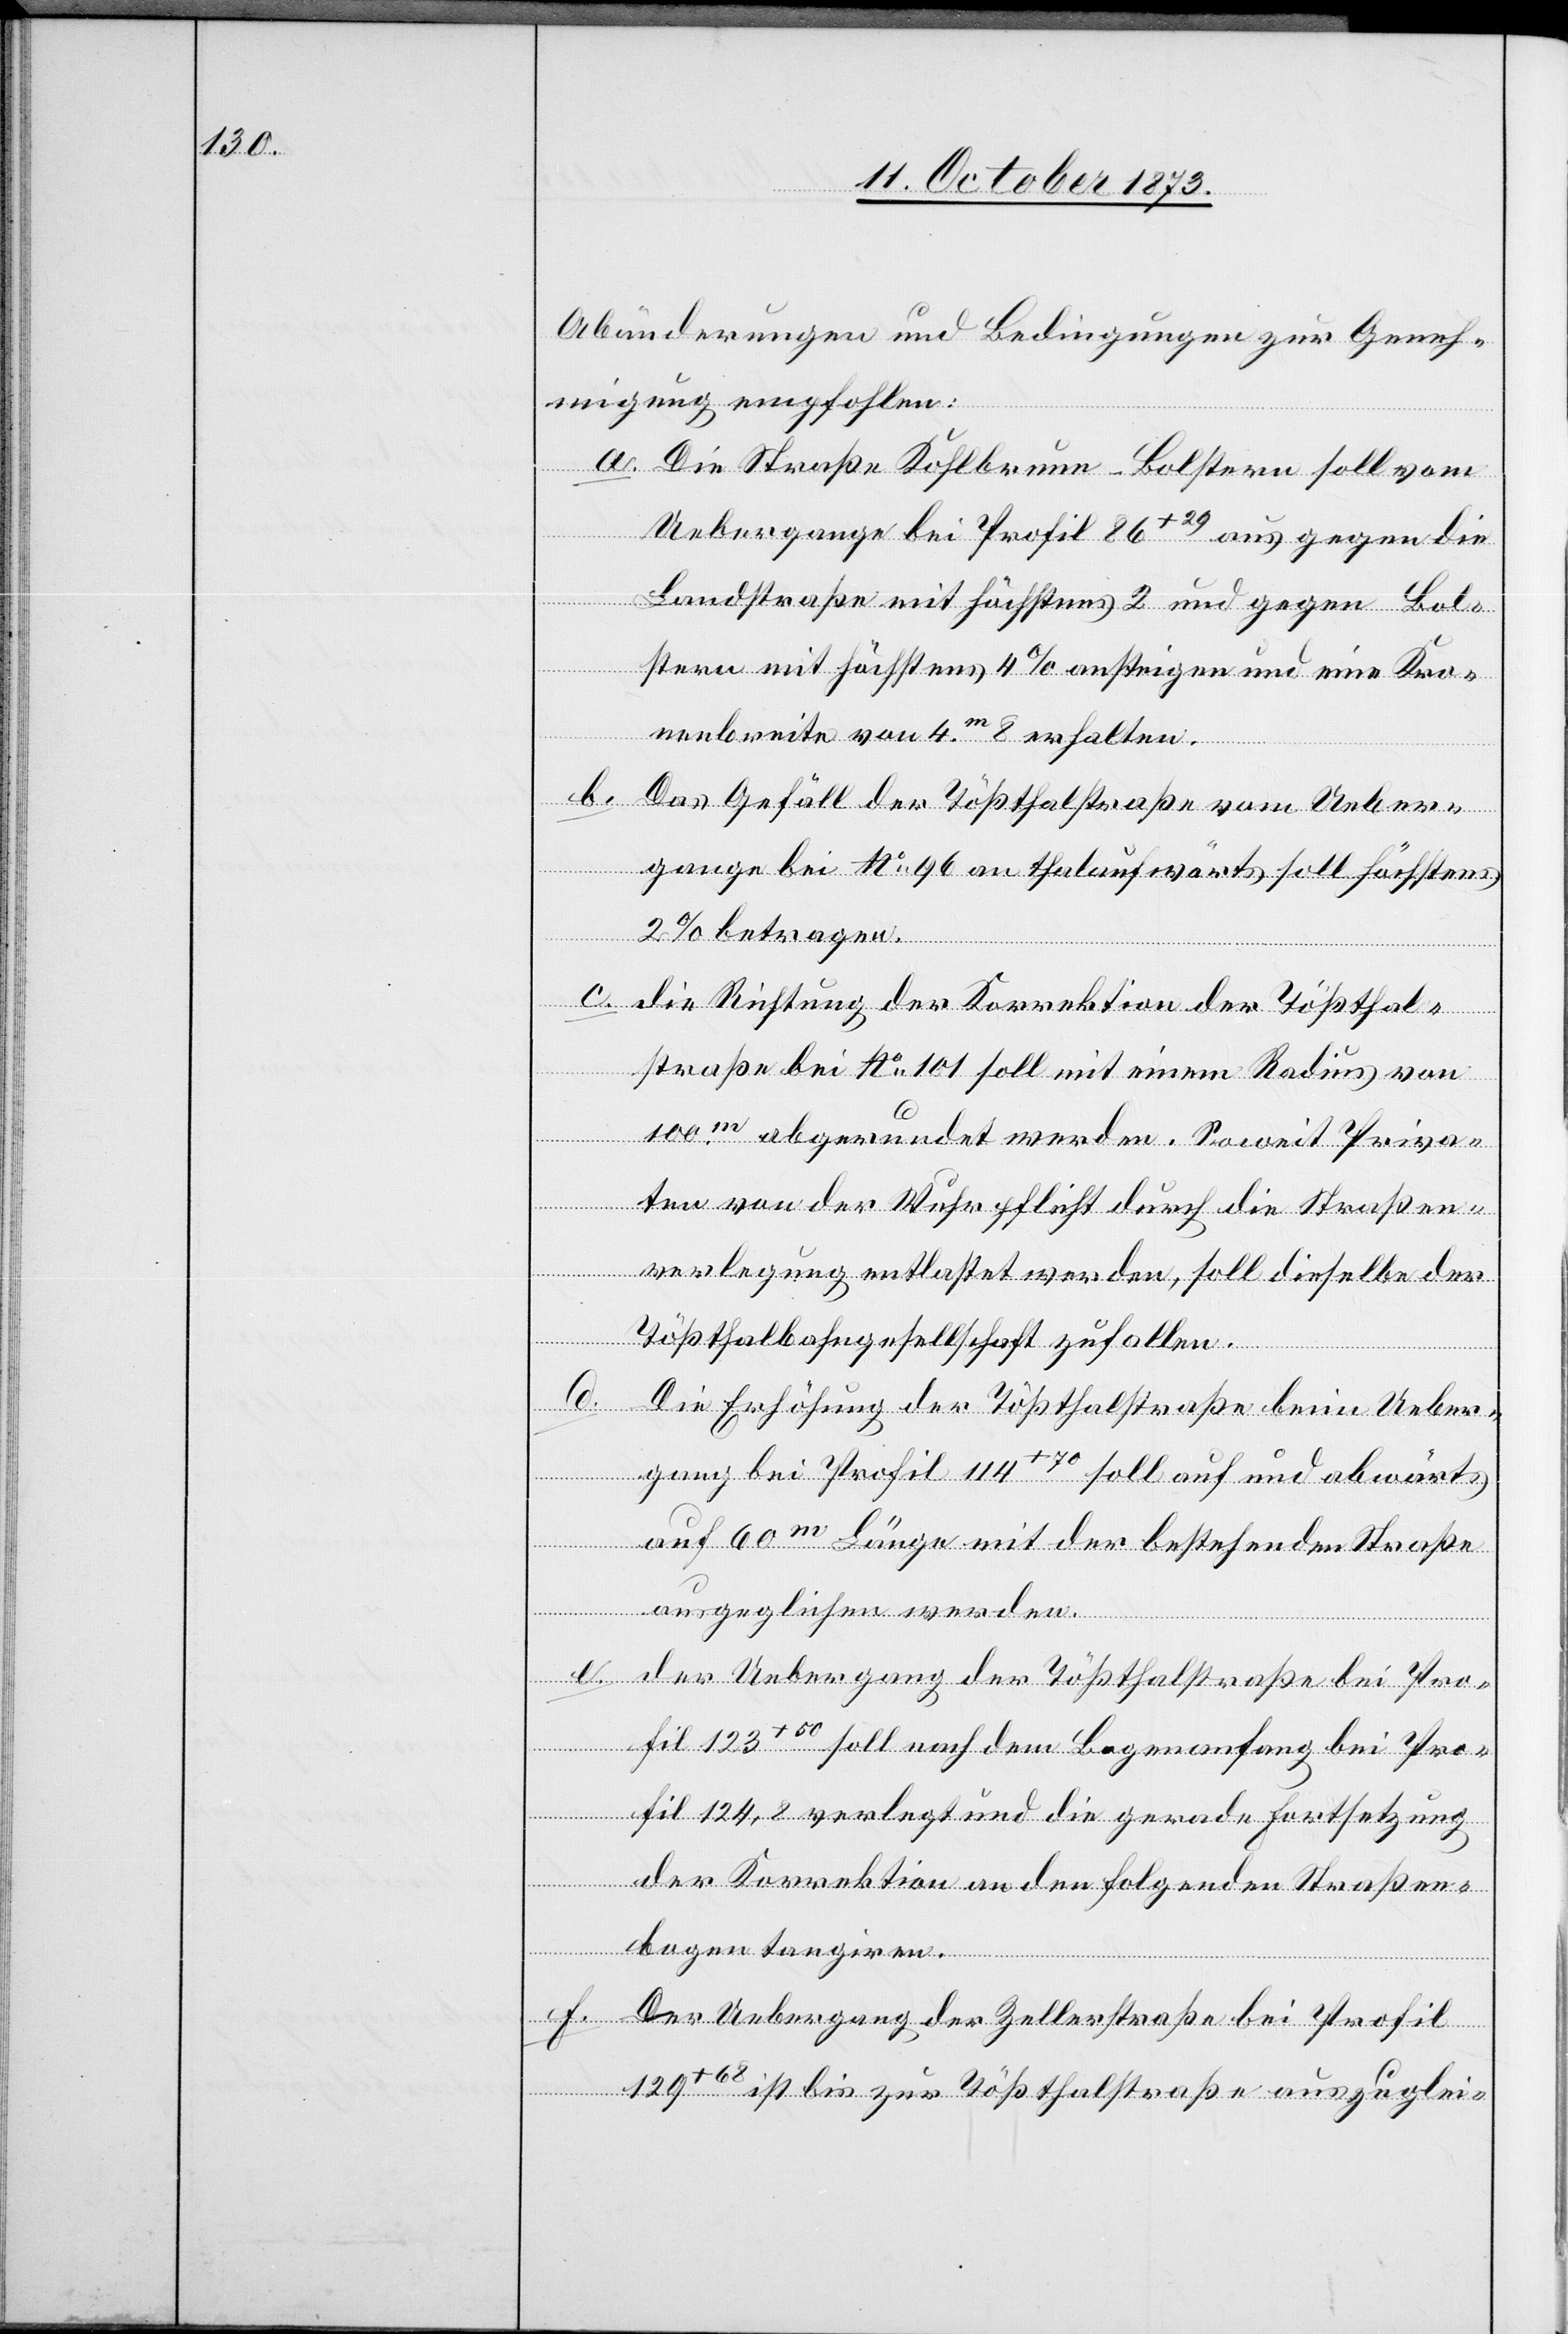
Abänderungen und Bedingungen zur Geneh¬
migung empfohlen:
a. Die Straße Kohlbrunn–Bolstern soll vom
Uebergange bei Profil 86+29 aus gegen die
Landstraße mit höchstens 2 und gegen Bol¬
stern mit höchstens 4% ansteigen und eine Kro¬
nenbreite von 4m 8 erhalten.
b.
Das Gefäll der Tößthalstraße vom Ueber¬
gange bei No 96 an thalaufwärts soll höchstens
2% betragen.
c. die Richtung der Korrektion der Tößthal¬
straße bei No 101 soll mit einem Radius von
100m abgerundet werden. Soweit Priva¬
ten von der Wuhrpflicht durch die Straßen¬
verlegung entlastet werden, soll dieselbe der
Tößthalbahngesellschaft zufallen.
d. Die Erhöhung der Tößthalstraße beim Ueber¬
gang bei Profil 114+70 soll auf und abwärts
auf 60m Länge mit der bestehenden Straße
ausgeglichen werden.
e. der Uebergang der Tößthalstraße bei Pro¬
fil 123+50 soll nach dem Bogenanfang bei Pro¬
fil 124,8 verlegt und die gerade Fortsetzung
der Korrektion an den folgenden Straßen¬
bogen tangiren.
f. Der Uebergang der Zellerstraße bei Profil
129+68 ist bis zur Tößthalstraße auszuglei-